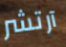
آرتشر